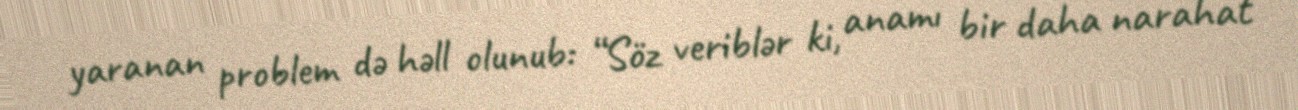
yaranan problem də həll olunub: “Söz veriblər ki, anamı bir daha narahat